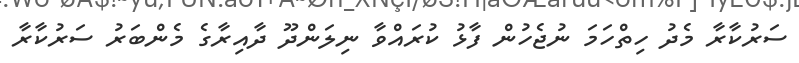
ސަރުކާރާ މެދު ހިތްހަމަ ނުޖެހުން ފާޅު ކުރައްވާ ނިލަންދޫ ދާއިރާގެ މެންބަރު ސަރުކާރާ